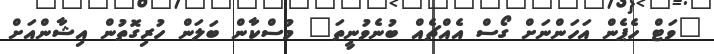
"ވަޓް ހެޕެން އަހަންނަށް ގޯސް އެއްޗެއް ބުނެވުނީތަ" މުސްކާން ބަލަން ހުރިގޮތުން އިޝާންއަށް